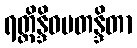
ရတ္တိန္ဒိဝမတန္ဒိတာ